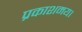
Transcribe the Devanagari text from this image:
प्रकाशमय।